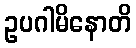
ဥပဂါမိနောတိ